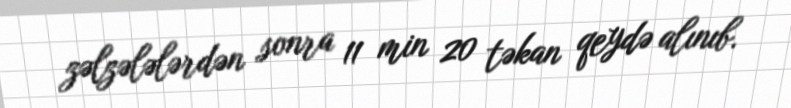
zəlzələlərdən sonra 11 min 20 təkan qeydə alınıb.